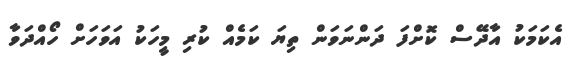
އެކަމަކު އާދޭސް ކޮށްފަ ދަންނަވަން ތިޔަ ކަމެއް ކުރި މީހަކު އަވަހަށް ހޯއްދަވާ